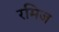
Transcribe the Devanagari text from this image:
रमिज